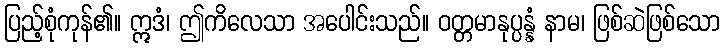
ပြည့်စုံကုန်၏။ ဣဒံ၊ ဤကိလေသာ အပေါင်းသည်။ ဝတ္တမာနုပ္ပန္နံ နာမ၊ ဖြစ်ဆဲဖြစ်သော